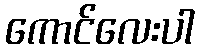
ကောင်လေးပါ